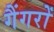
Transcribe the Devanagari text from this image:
गैंगरों